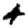
Digit: 4